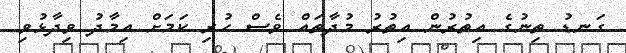
ގަނޑު ތިނުގެ އިތުރުން އިތުރު މުދާތައް ވެސް ހުރި ކަމަށް އިމާދު ވިދާޅުވި